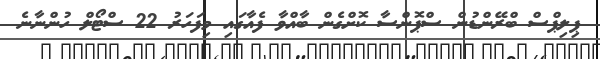
ޕިލިޕްސް ބްރޭންޑުން ސްޕޮންސާ ކޮށްގެން ބާއްވާ ފެއާގައި މިފަހަރު 22 ސްޓޯލް ހުންނާނެ